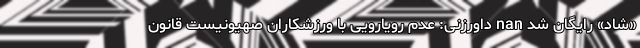
«شاد» رایگان شد nan داورزنی: عدم رویارویی با ورزشکاران صهیونیست قانون